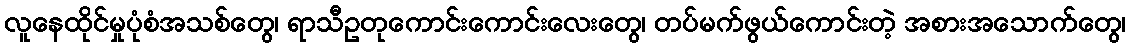
လူနေထိုင်မှုပုံစံအသစ်တွေ၊ ရာသီဥတုကောင်းကောင်းလေးတွေ၊ တပ်မက်ဖွယ်ကောင်းတဲ့ အစားအသောက်တွေ၊